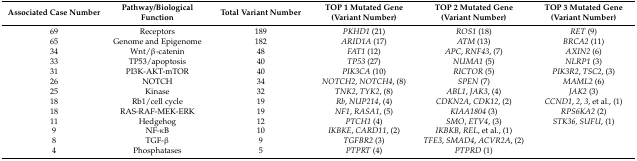
| Associated Case Number | Pathway/Biological Function | Total Variant Number | TOP 1 Mutated Gene (Variant Number) | TOP 2 Mutated Gene (Variant Number) | TOP 3 Mutated Gene (Variant Number) |
 | --- | --- | --- | --- | --- | --- |
 | 69 | Receptors | 189 | PKHD1 (21) | ROS1 (18) | RET (9) |
 | 65 | Genome and Epigenome | 182 | ARID1A (17) | ATM (13) | BRCA2 (11) |
 | 34 | Wnt/β-catenin | 48 | FAT1 (12) | APC, RNF43, (7) | AXIN2 (6) |
 | 33 | TP53/apoptosis | 40 | TP53 (27) | NUMA1 (5) | NLRP1 (3) |
 | 31 | PI3K-AKT-mTOR | 40 | PIK3CA (10) | RICTOR (5) | PIK3R2, TSC2, (3) |
 | 26 | NOTCH | 34 | NOTCH2, NOTCH4, (8) | SPEN (7) | MAML2 (6) |
 | 25 | Kinase | 32 | TNK2, TYK2, (8) | ABL1, JAK3, (4) | JAK2 (3) |
 | 18 | Rb1/cell cycle | 19 | Rb, NUP214, (4) | CDKN2A, CDK12, (2) | CCND1, 2, 3, et al., (1) |
 | 18 | RAS-RAF-MEK-ERK | 19 | NF1, RASA1, (5) | KIAA1804 (3) | RPS6KA2 (2) |
 | 11 | Hedgehog | 12 | PTCH1 (4) | SMO, ETV4, (3) | STK36, SUFU, (1) |
 | 9 | NF-κB | 10 | IKBKE, CARD11, (2) | IKBKB, REL, et al., (1) |  |
 | 8 | TGF-β | 9 | TGFBR2 (3) | TFE3, SMAD4, ACVR2A, (2) |  |
 | 4 | Phosphatases | 5 | PTPRT (4) | PTPRD (1) |  |